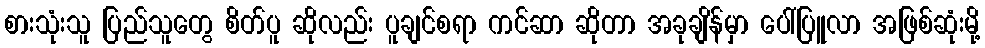
စားသုံးသူ ပြည်သူတွေ စိတ်ပူ ဆိုလည်း ပူချင်စရာ ကင်ဆာ ဆိုတာ အခုချိန်မှာ ပေါ်ပြူလာ အဖြစ်ဆုံးမို့